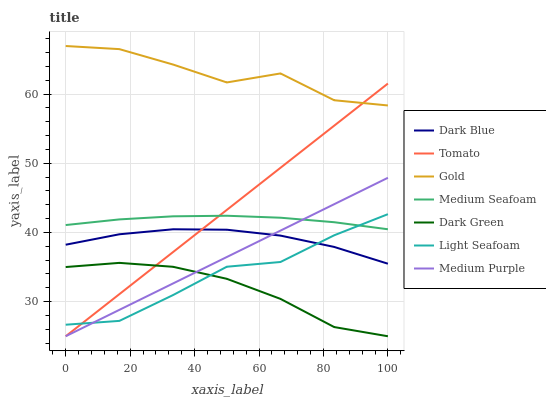
| xaxis_label | Dark Blue | Tomato | Gold | Medium Seafoam | Dark Green | Light Seafoam | Medium Purple |
 | --- | --- | --- | --- | --- | --- | --- | --- |
 | 0 | 38.2 | 25 | 66.9 | 41.1 | 35 | 26.7 | 25 |
 | 16.7 | 39.7 | 31.1 | 66.5 | 41.9 | 35.6 | 27.2 | 28.8 |
 | 33.3 | 40.5 | 37.2 | 64.3 | 42.3 | 35 | 31 | 32.6 |
 | 50 | 40.4 | 43.3 | 61.7 | 42.4 | 33.3 | 35 | 36.4 |
 | 66.7 | 39.5 | 49.3 | 63 | 42.1 | 30.4 | 35.7 | 40.3 |
 | 83.3 | 37.9 | 55.4 | 59.1 | 41.5 | 26.3 | 39.6 | 44.1 |
 | 100 | 35.5 | 61.5 | 58.3 | 40.5 | 25 | 42.6 | 47.9 |